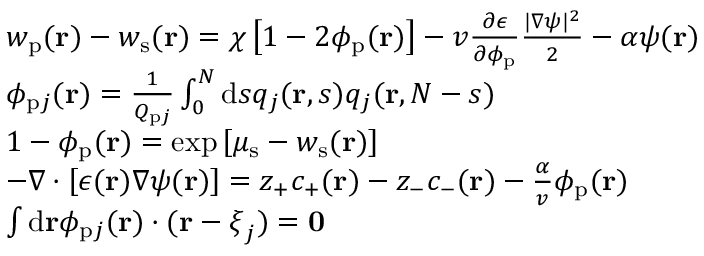
\begin{array} { r l } & { w _ { \mathrm { p } } ( \mathbf { r } ) - w _ { \mathrm { s } } ( \mathbf { r } ) = \chi \left[ 1 - 2 \phi _ { \mathrm { p } } ( \mathbf { r } ) \right] - v \frac { \partial \epsilon } { \partial \phi _ { \mathrm { p } } } \frac { | \nabla \psi | ^ { 2 } } { 2 } - \alpha \psi ( \mathbf { r } ) } \\ & { \phi _ { \mathrm { p } j } ( \mathbf { r } ) = \frac { 1 } { Q _ { \mathrm { p } j } } \int _ { 0 } ^ { N } \mathrm { d } s q _ { j } ( \mathbf { r } , s ) q _ { j } ( \mathbf { r } , N - s ) } \\ & { 1 - \phi _ { \mathrm { p } } ( \mathbf { r } ) = \exp \left[ \mu _ { \mathrm { s } } - w _ { \mathrm { s } } ( \mathbf { r } ) \right] } \\ & { - \nabla \cdot \left[ \epsilon ( \mathbf { r } ) \nabla \psi ( \mathbf { r } ) \right] = z _ { + } c _ { + } ( \mathbf { r } ) - z _ { - } c _ { - } ( \mathbf { r } ) - \frac { \alpha } { v } \phi _ { \mathrm { p } } ( \mathbf { r } ) } \\ & { { \int \mathrm { d } \mathbf { r } \phi _ { \mathrm { p } j } ( \mathbf { r } ) \cdot ( \mathbf { r } - \boldsymbol { \xi } _ { j } ) } = \mathbf { 0 } } \end{array}